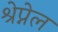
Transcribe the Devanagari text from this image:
श्रेप्नेल